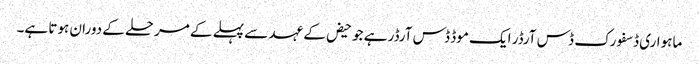
ماہواری ڈسفورک ڈس آرڈر ایک موڈ ڈس آرڈر ہے جو حیض کے عہد سے پہلے کے مرحلے کے دوران ہوتا ہے۔